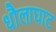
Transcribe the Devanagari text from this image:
धौलाघाट